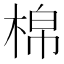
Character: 棉